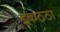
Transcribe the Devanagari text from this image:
इकठ्‌ठा